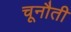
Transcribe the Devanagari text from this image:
चूनौती